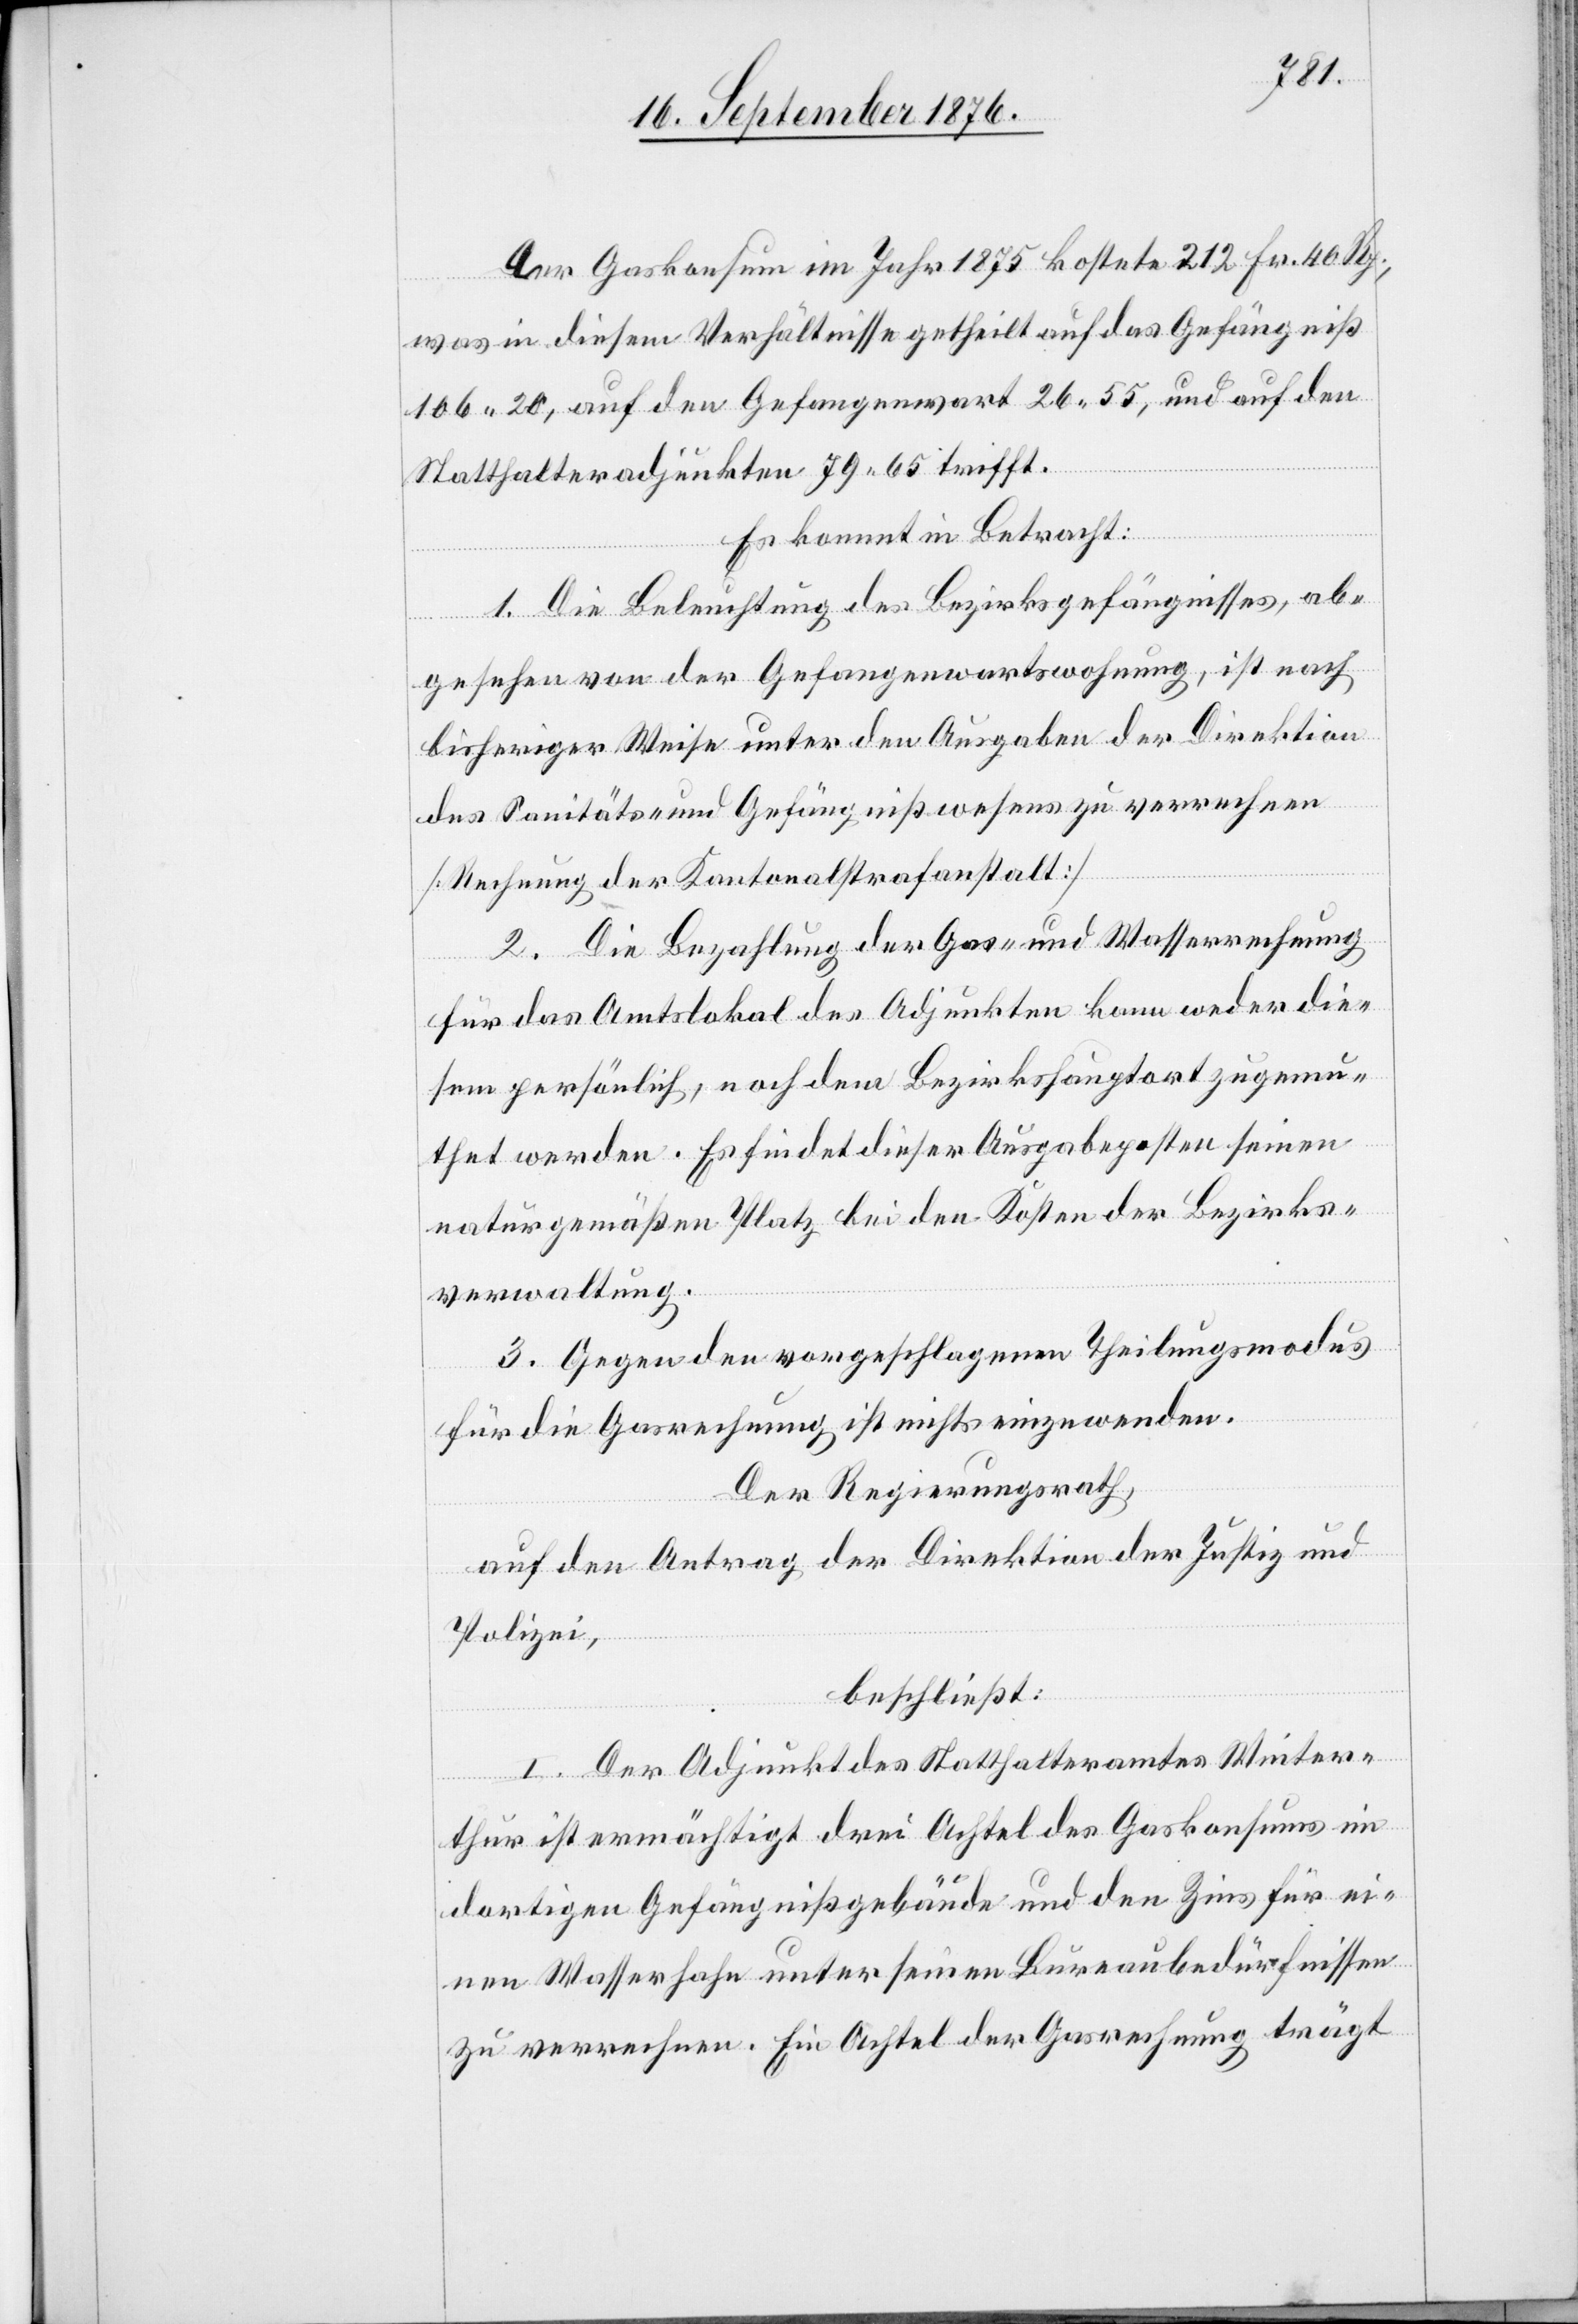
Der Gaskonsum im Jahr 1875 kostete 212 Fr. 40 Rp.,
was in diesem Verhältnisse getheilt auf das Gefängniß
106 20, auf den Gefangenenwart 26 55, und auf den
und
Statthalteradjunkten 79 65 trifft.
Es kommt in Betracht:
1. Die Beleuchtung des Bezirksgefängnisses, ab¬
gesehen von der Gefangenenwartswohnung, ist nach
bisheriger Weise unter den Ausgaben der Direktion
des Sanitäts- und Gefängnißwesens zu verrechnen
[Rechnung der Kantonalstrafanstalt][.]
2. Die Bezahlung der Gas- und Wasserrechnung
für das Amtslokal des Adjunkten kann weder die¬
sem persönlich, noch dem Bezirkshauptort zugemu¬
thet werden. Es findet dieser Ausgabeposten seinen
naturgemäßen Platz bei den Kosten der Bezirks¬
verwaltung.
3. Gegen den vorgeschlagenen Theilungsmodus
für die Gasrechnung ist nichts einzuwenden.
Der Regierungsrath,
Polizei,
beschließt:
I. Der Adjunkt des Statthalteramtes Winter¬
thur ist ermächtigt drei Achtel des Gaskonsums im
dortigen Gefängnißgebäude und den Zins für ei¬
nen Wasserhahn unter seinen Bureaubedürfnissen
zu verrechnen. Ein Achtel der Gasrechnung trägt